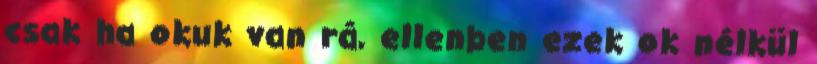
csak ha okuk van rá, ellenben ezek ok nélkül